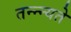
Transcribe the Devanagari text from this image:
तन्न्न्यते